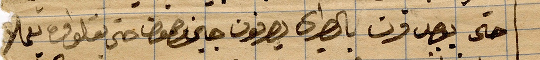
حتى يقصدون بالطيري يصرفون ...حتى ...